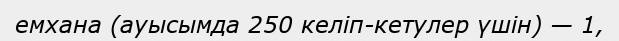
емхана (ауысымда 250 келіп-кетулер үшін) — 1,